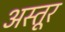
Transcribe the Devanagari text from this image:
अस्तूर